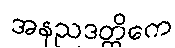
အနညဒတ္ထိကေ